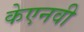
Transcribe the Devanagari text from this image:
केएनवी